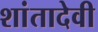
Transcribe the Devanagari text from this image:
शांतादेवी